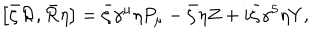
\left[ \bar { \zeta } { \cal R } , \bar { \cal R } \eta \right] = \bar { \zeta } \gamma ^ { \mu } \eta P _ { \mu } - \bar { \zeta } \eta Z + i \bar { \zeta } \gamma ^ { 5 } \eta Y ,